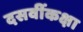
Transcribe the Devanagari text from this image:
दसवींकक्षा